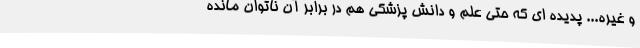
و غیره... پدیده ای که حتی علم و دانش پزشکی هم در برابر آن ناتوان مانده